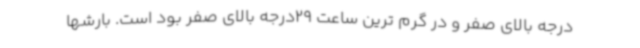
درجه بالای صفر و در گرم ترین ساعت 29درجه بالای صفر بود است. بارشها